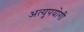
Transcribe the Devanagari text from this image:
अत्युपयोगी